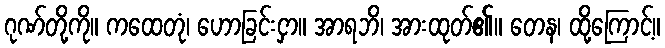
ဂုဏ်တို့ကို။ ကထေတုံ၊ ဟောခြင်းငှာ။ အာရဘိ၊ အားထုတ်၏။ တေန၊ ထို့ကြောင့်။